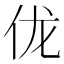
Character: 𫢒